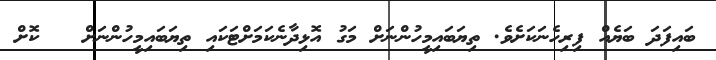
ބައިފަދަ ބަޔެއް ފިރިހެނަކަށެވެ. ތިޔަބައިމީހުންނަށް މަގު އޮޅިދާނެކަމަށްޓަކައި ތިޔަބައިމީހުންނަށް   ކޮށް